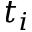
t _ { i }